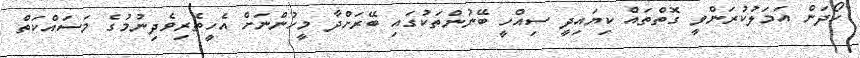
ހޯދަން އަމަލުކުރަންވީ ގޮތްތައް ކިޔައިދީ ސިއްހީ ބޭނުންތަކުގައި ބޭރަށްދާ މީހުންނަށް އެހީތެރިވެދިނުމުގެ މަސައްކަތް